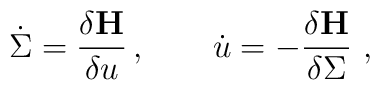
\dot{\Sigma} = \frac{\delta{\bf H}}{\delta u}\,, \qquad\dot{u} = -\frac{\delta{\bf H}}{\delta\Sigma}\,\,,